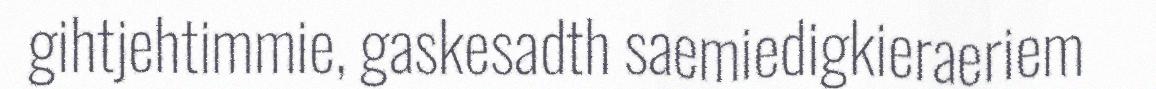
gihtjehtimmie, gaskesadth saemiedigkieraeriem